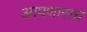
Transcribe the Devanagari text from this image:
आपणासच